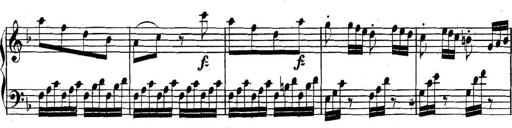
Title: Collected Piano Sonatas
Composer: Muzio Clementi